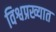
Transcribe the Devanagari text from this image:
विश्वप्रख्यात